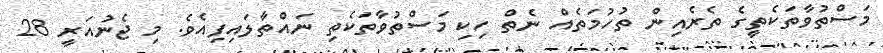
މަސްތުވާތަކެތީގެ ތެރެއިން ތުހުމަތެއް ނެތް ހިކި މަސްތުވާތަކެތި ނައްތާލައިފިއެވެ. މި ޖެނުއަރީ 28